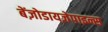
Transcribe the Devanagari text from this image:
बेंज़ोडायज़ेपाइन्स